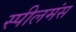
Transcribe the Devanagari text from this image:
स्पीलमंस